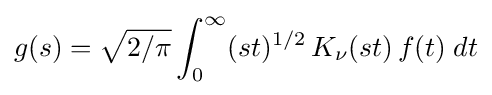
g(s)={\sqrt {2/\pi }}\int _{0}^{\infty }(st)^{1/2}\,K_{\nu }(st)\,f(t)\;dt